Notes on vaccination in the North-West Frontier Province 1923-1928 - 1923-1928
Year: 1923
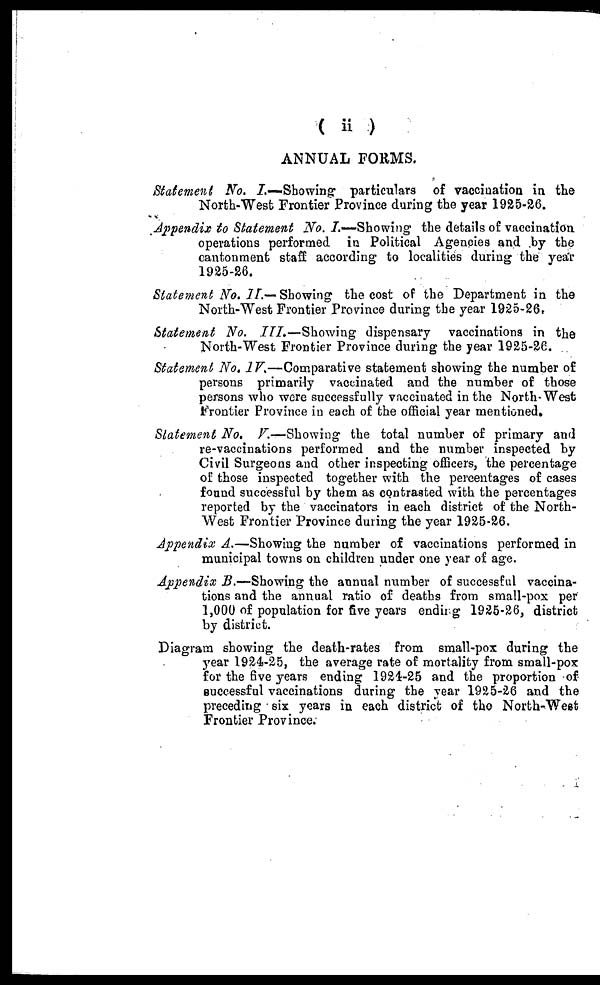
( ii )
ANNUAL FORMS.
Statement No. I.—Showing
particulars of vaccination in the
North-West Frontier Province during the year 1925-26.
Appendix to Statement No. I.—Showing the details of vaccination
operations performed in Political Agencies and by the
cantonment staff according to localities during the year
1925-26.
Statement No. II.— Showing the cost of the Department in the
North-West Frontier Province during the year 1925-26.
Statement No. III.—Showing
dispensary vaccinations in the
North-West Frontier Province during the year 1925-26.
Statement No. IV.—Comparative statement showing the number of
persons primarily vaccinated and the number of those
persons who were successfully vaccinated in the North-West
Frontier Province in each of the official year mentioned.
Statement No. V.—Showing the total number of primary and
re-vaccinations performed and the number inspected by
Civil Surgeons and other inspecting officers, the percentage
of those inspected together with the percentages of cases
found successful by them as contrasted with the percentages
reported by the vaccinators in each district of the North¬
West Frontier Province during the year 1925-26.
Appendix A.—Showing the number of vaccinations performed in
municipal towns on children under one year of age.
Appendix B.—Showing the annual number of successful vaccina-
tions and the annual ratio of deaths from small-pox per
1,000 of population for five years ending 1925-26, district
by district.
Diagram showing the death-rates from small-pox during the
year 1924-25, the average rate of mortality from small-pox
for the five years ending 1921-25 and the proportion of
successful vaccinations during the year 1925-26 and the
preceding six years in each district of the North-West
Frontier Province.